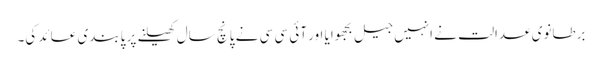
برطانوی عدالت نے انہیں جیل بجھوایا اور آئی سی سی نے پانچ سال کھیلنے پر پابندی عائد کی۔